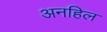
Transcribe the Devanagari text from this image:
अनहिल